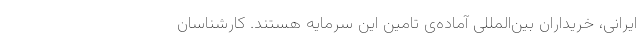
ایرانی، خریداران بین‌المللی آماده‌ی تامین این سرمایه هستند. کارشناسان